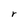
Character: r